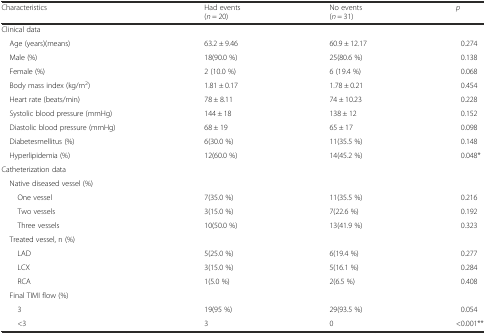
| Characteristics | Had events (n = 20) | No events (n = 31) | p |
 | --- | --- | --- | --- |
 | Clinical data |  |  |  |
 | Age (years)(means) | 63.2 ± 9.46 | 60.9 ± 12.17 | 0.274 |
 | Male (%) | 18(90.0 %) | 25(80.6 %) | 0.138 |
 | Female (%) | 2 (10.0 %) | 6 (19.4 %) | 0.068 |
 | Body mass index (kg/m2) | 1.81 ± 0.17 | 1.78 ± 0.21 | 0.454 |
 | Heart rate (beats/min) | 78 ± 8.11 | 74 ± 10.23 | 0.228 |
 | Systolic blood pressure (mmHg) | 144 ± 18 | 138 ± 12 | 0.152 |
 | Diastolic blood pressure (mmHg) | 68 ± 19 | 65 ± 17 | 0.098 |
 | Diabetesmellitus (%) | 6(30.0 %) | 11(35.5 %) | 0.148 |
 | Hyperlipidemia (%) | 12(60.0 %) | 14(45.2 %) | 0.048* |
 | Catheterization data |  |  |  |
 | Native diseased vessel (%) |  |  |  |
 | One vessel | 7(35.0 %) | 11(35.5 %) | 0.216 |
 | Two vessels | 3(15.0 %) | 7(22.6 %) | 0.192 |
 | Three vessels | 10(50.0 %) | 13(41.9 %) | 0.323 |
 | Treated vessel, n (%) |  |  |  |
 | LAD | 5(25.0 %) | 6(19.4 %) | 0.277 |
 | LCX | 3(15.0 %) | 5(16.1 %) | 0.284 |
 | RCA | 1(5.0 %) | 2(6.5 %) | 0.408 |
 | Final TIMI flow (%) |  |  |  |
 | 3 | 19(95 %) | 29(93.5 %) | 0.054 |
 | <3 | 3 | 0 | <0.001** |